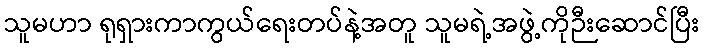
သူမဟာ ရုရှားကာကွယ်ရေးတပ်နဲ့အတူ သူမရဲ့အဖွဲ့ကိုဉီးဆောင်ပြီး